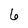
Character: 6